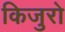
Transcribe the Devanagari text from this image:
किजुरो